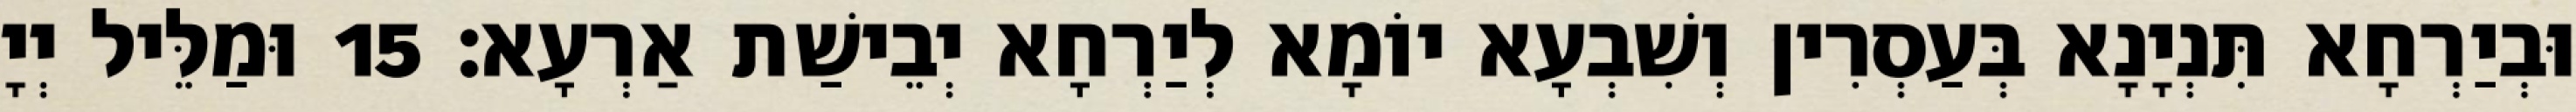
וּבְיַרְחָא תִּנְיָנָא בְּעַסְרִין וְשִׁבְעָא יוֹמָא לְיַרְחָא יְבֵישַׁת אַרְעָא׃ 15 וּמַלֵּיל יְיָ